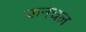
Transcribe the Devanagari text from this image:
फनचल